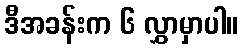
ဒီအခန်းက ၆ လွှာမှာပါ။